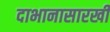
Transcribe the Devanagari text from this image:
दाभानासारखी